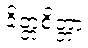
ခိတ္တစိတ္တာ